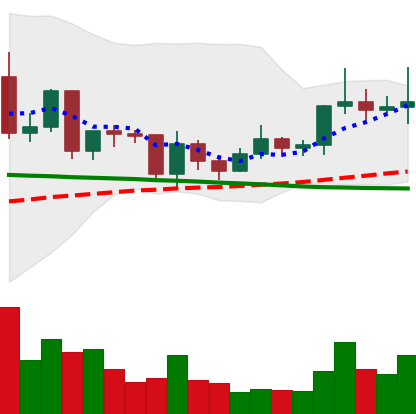
Ticker: ETC-USD
Chart end date: 2020-12-20
Forward return: -11.186%
Label: down_7plus